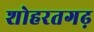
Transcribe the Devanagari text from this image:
शोहरतगढ़